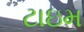
ટાઇમ